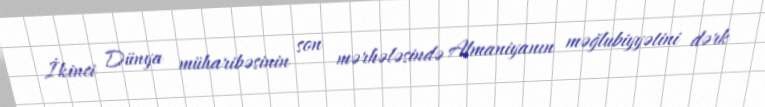
İkinci Dünya müharibəsinin son mərhələsində Almaniyanın məğlubiyyətini dərk